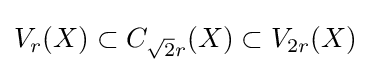
V_{r}(X)\subset C_{{\sqrt {2}}r}(X)\subset V_{2r}(X)